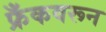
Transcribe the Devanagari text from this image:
फ्रँकवरून